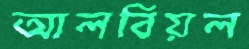
আলবিয়ল